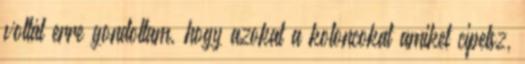
voltál erre gondoltam, hogy azokat a koloncokat amiket cipelsz,